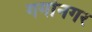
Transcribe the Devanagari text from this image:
गगांनगर